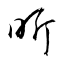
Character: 昕